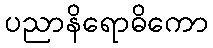
ပညာနိရောဓိကော